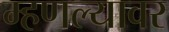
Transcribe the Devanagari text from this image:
म्हणल्यावर